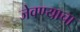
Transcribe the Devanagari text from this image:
जेवण्याचा